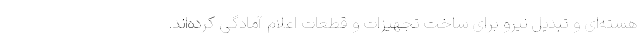
هسته‌ای و تبدیل نیرو برای ساخت تجهیزات و قطعات اعلام آمادگی کرده‌اند.